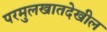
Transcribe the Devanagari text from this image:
परमुलखातदेखील